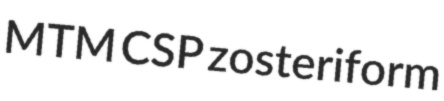
MTM CSP zosteriform